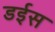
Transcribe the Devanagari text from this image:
डईस